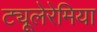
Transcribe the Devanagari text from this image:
ट्यूलेरेमिया